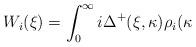
LaTeX: \begin{align*}W_{i}(\xi )=\int_{0}^{\infty }i\Delta ^{+}(\xi ,\kappa )\rho _{i}(\kappa\end{align*}